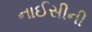
નાઈસીની